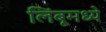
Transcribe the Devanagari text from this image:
लिंबूमध्ये